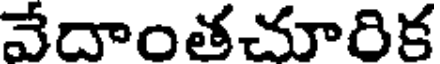
వేదాంతచూరిక